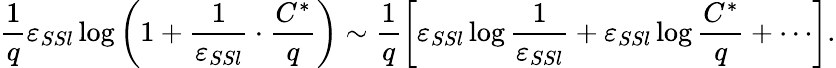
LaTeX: \frac{1}{q}\varepsilon_{SSl}\log\left(1+\frac{1}{\varepsilon_{SSl}}\cdot\frac{C^{*}}{q}\right)\sim\frac 1q\left[\varepsilon_{SSl}\log\frac{1}{\varepsilon_{SSl}}+\varepsilon_{SSl}\log\frac{C^{*}}{q}+\cdots\right].